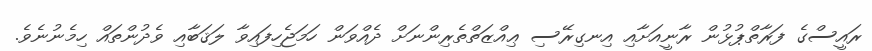
ރައީސްގެ ފަރާތްޕުޅުން ރާނީއަށާއި އިނގިރޭސި ޢިއްޒަތްތެރިންނަށް ދެއްވަން ހަމަޖެހިފައިވާ ލަޤަބާއި ވެދުންތައް ހިމެނުނެވެ.